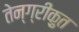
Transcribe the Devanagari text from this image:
तेन्ग्रीक़ुत